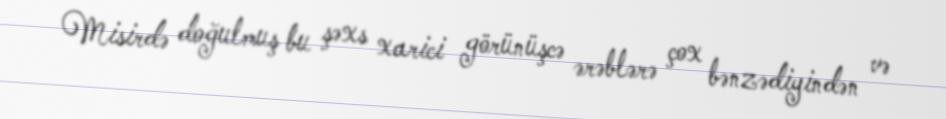
Misirdə doğulmuş bu şəxs xarici görünüşcə ərəblərə çox bənzədiyindən və